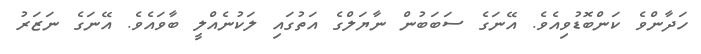
ހަދާންވެ ކަންބޮޑުވިއެވެ. އޭނަގެ ސަބަބުން ނާޔަލްގެ އަތުގައި ލަކުނެއްލީ ބާވައެވެ. އޭނަގެ ނަޒަރު